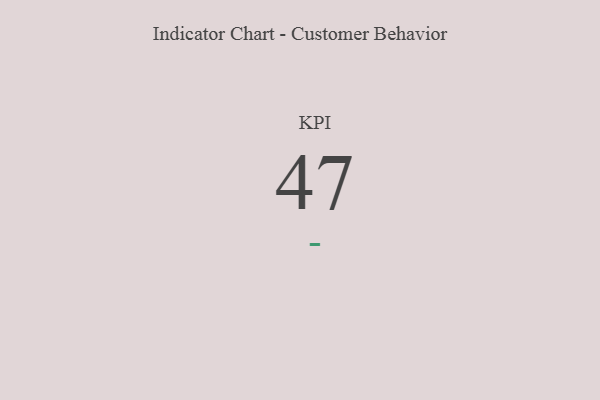
{"axis": {"x": "KPI", "y": "Value"}, "legend": [""], "data": [{"x": "KPI", "y": 47, "type": ""}]}